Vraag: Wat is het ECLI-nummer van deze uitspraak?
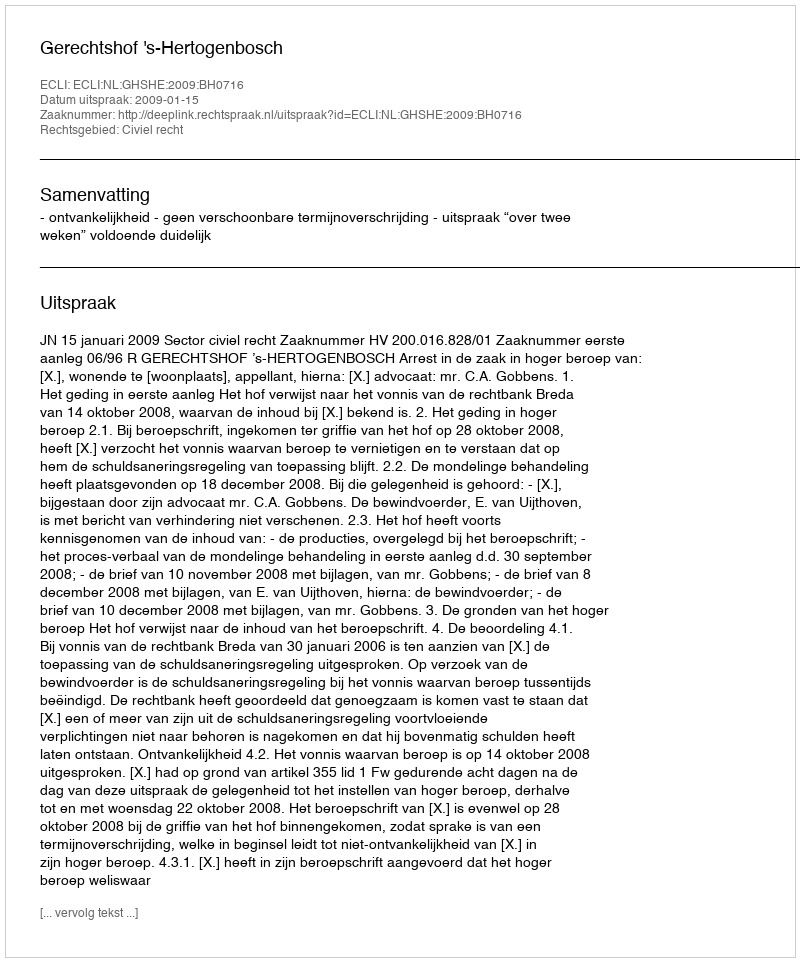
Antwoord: ECLI:NL:GHSHE:2009:BH0716